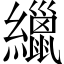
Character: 𦆻